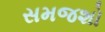
સમજશો